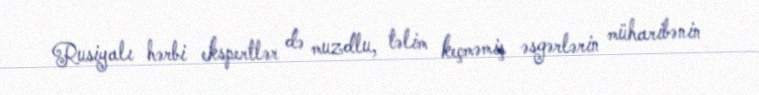
Rusiyalı hərbi ekspertlər də muzdlu, təlim keçməmiş əsgərlərin müharibənin